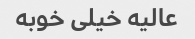
عالیه خیلی خوبه